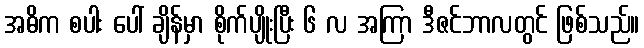
အဓိက စပါး ပေါ် ချိန်မှာ စိုက်ပျိုးပြီး ၆ လ အကြာ ဒီဇင်ဘာလတွင် ဖြစ်သည်။